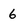
Character: 6